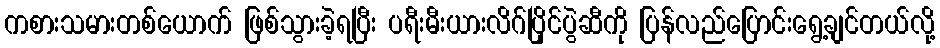
ကစားသမားတစ်ယောက် ဖြစ်သွားခဲ့ရပြီး ပရီးမီးယားလိဂ်ပြိုင်ပွဲဆီကို ပြန်လည်ပြောင်းရွေ့ချင်တယ်လို့